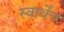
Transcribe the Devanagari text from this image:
स्वार्थेंच